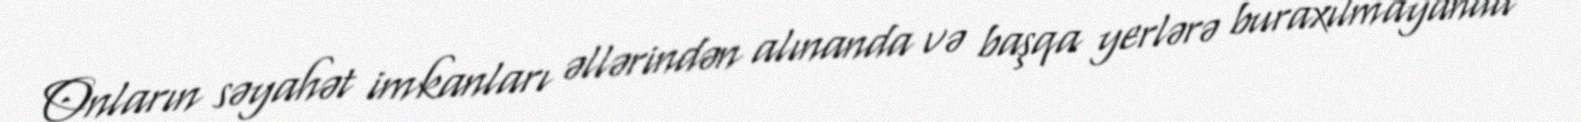
Onların səyahət imkanları əllərindən alınanda və başqa yerlərə buraxılmayanda